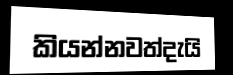
කියන්නවත්දැයි